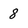
Character: 8